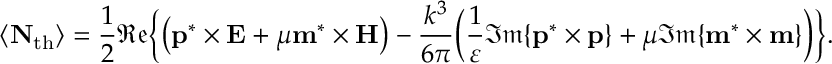
\langle \mathbf { N } _ { \mathrm { t h } } \rangle = \frac { 1 } { 2 } \mathfrak { R e } \bigg \{ \big ( \mathbf { p } ^ { * } \times \mathbf { E } + \mu \mathbf { m } ^ { * } \times \mathbf { H } \big ) - \frac { k ^ { 3 } } { 6 \pi } \bigg ( \frac { 1 } { \varepsilon } \mathfrak { I m } \{ \mathbf { p } ^ { * } \times \mathbf { p } \} + \mu \mathfrak { I m } \{ \mathbf { m } ^ { * } \times \mathbf { m } \} \bigg ) \bigg \} .